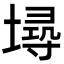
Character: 𡏷